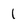
Character: 1